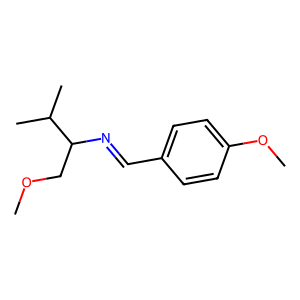
SMILES: COCC(N=Cc1ccc(OC)cc1)C(C)C
Inhibits HIV replication: No